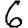
Digit: 6